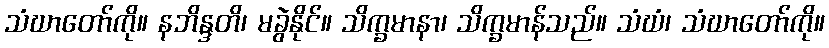
သံဃာတော်ကို။ နဘိန္ဒတိ၊ မခွဲနိုင်။ သိက္ခမာနာ၊ သိက္ခမာန်သည်။ သံဃံ၊ သံဃာတော်ကို။